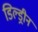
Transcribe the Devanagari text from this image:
डिल्ड्रीन